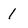
Character: 1